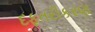
દફતરીકરણ